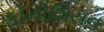
ફોનીશિયન